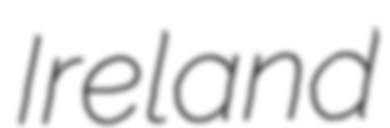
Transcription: Ireland